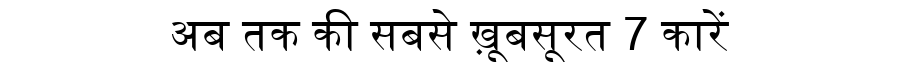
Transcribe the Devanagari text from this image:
अब तक की सबसे ख़ूबसूरत 7 कारें